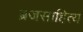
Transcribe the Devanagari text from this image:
ब्रजसाहित्य